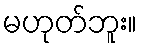
မဟုတ်ဘူး။